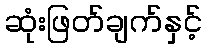
ဆုံးဖြတ်ချက်နှင့်